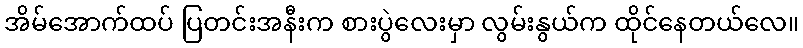
အိမ်အောက်ထပ် ပြတင်းအနီးက စားပွဲလေးမှာ လွမ်းနွယ်က ထိုင်နေတယ်လေ။